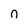
Character: n